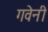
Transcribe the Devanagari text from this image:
गवेनी